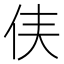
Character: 𫢑